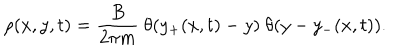
\rho ( x , y , t ) = { \frac { B } { 2 \pi m } } \ \theta ( y _ { + } ( x , t ) - y ) \ \theta ( y - y _ { - } ( x , t ) ) .